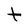
Character: t